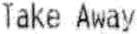
TAKE AWAY